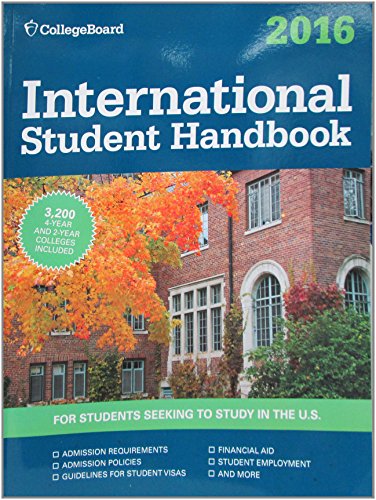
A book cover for International Student Handbook 2016 (College Board International Student Handbook); The College Board; Education & Teaching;